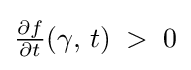
\textstyle {\frac {\partial f}{\partial t}}(\gamma ,\,t)\;>\;0